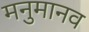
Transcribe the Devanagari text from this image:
मनुमानव